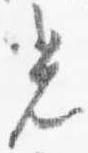
光